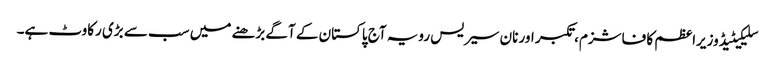
سلیکیٹیڈ وزیراعظم کا فاشزم، تکبر اور نان سیریس رویہ آج پاکستان کے آگے بڑھنے میں سب سے بڑی رکاوٹ ہے۔